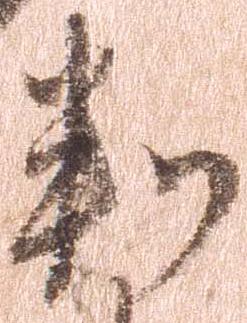
判